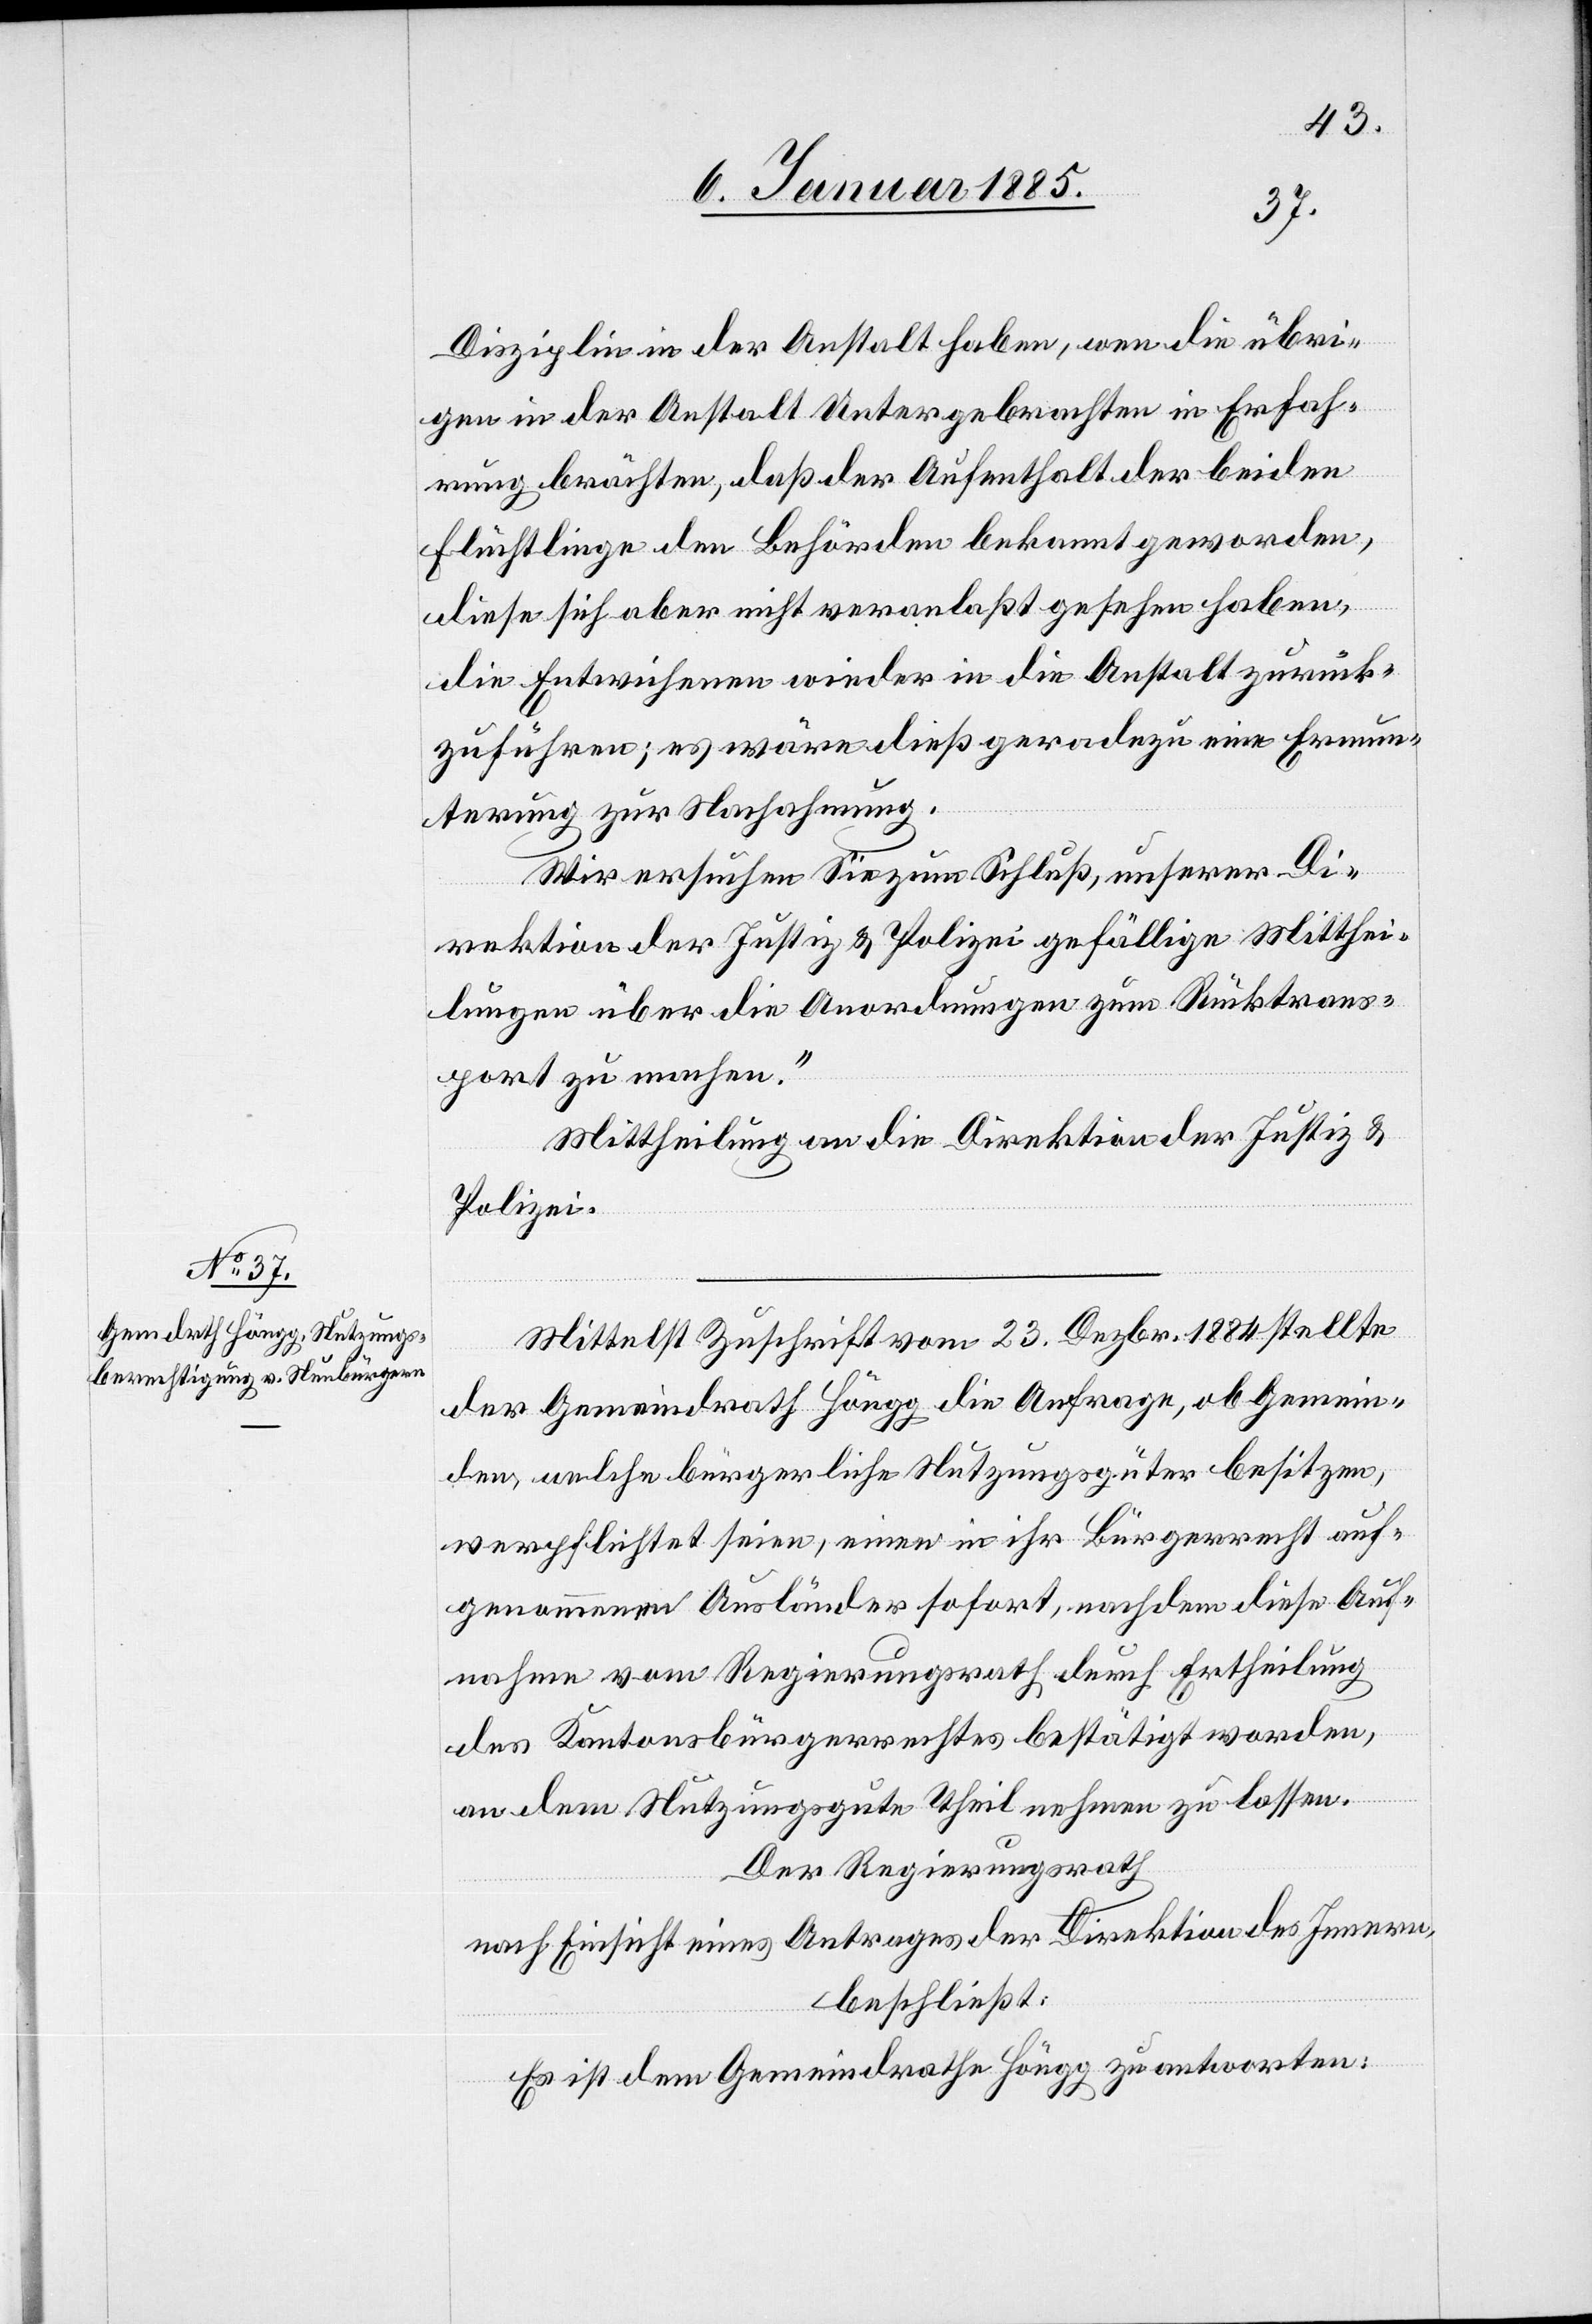
Disziplin der Anstalt haben, wen[n] die übri¬
gen in der Anstalt Untergebrachten in Erfah¬
rung brächten, daß der Aufenthalt der beiden
Flüchtlinge den Behörden bekannt geworden,
diese sich aber nicht veranlaßt gesehen haben,
die Entwichenen wieder in die Anstalt zurück¬
zuführen; es wäre dieß geradezu eine Ermun¬
terung für Nachahmung.
Wir ersuchen Sie zum Schluß, unserer Di¬
rektion der Justiz & Polizei gefällige Mitthei¬
lung über die Anordnungen zum Rücktrans¬
port zu machen.“
Mittheilung an die Direktion der Justiz &
Polizei.
Mittelst Zuschrift vom 23. Dezbr. 1884 stellte
der Gemeindrath Höngg die Anfrage, ob Gemein¬
den, welche bürgerliche Nutzungsgüter besitzen,
verpflichtet seien, einen in ihr Bürgerrecht auf¬
genommenen Ausländer sofort, nachdem diese Auf¬
nahme vom Regierungsrath durch Ertheilung
des Kantonsbürgerrechtes bestätigt worden,
an dem Nutzungsgute Theil nehmen zu lassen.
Der Regierungsrath
nach Einsicht eines Antrages der Direktion des Innern,
beschließt:
Es ist dem Gemeindrathe Höngg zu antworten: